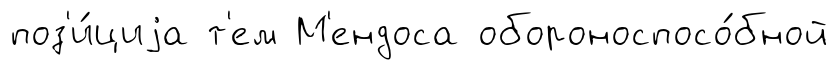
поз'и́циjа т'ем М'ендоса обороноспосо́бной